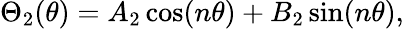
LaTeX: \Theta_{2}(\theta)=A_{2}\cos(n\theta)+B_{2}\sin(n\theta),